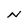
Character: N